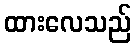
ထားလေသည်